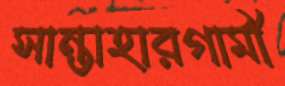
সান্তাহারগামী